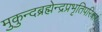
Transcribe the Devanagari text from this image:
मुकुन्दब्रह्मेन्द्रप्रभृतिपरिवारं